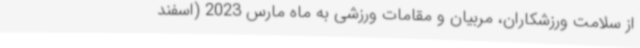
از سلامت ورزشکاران، مربیان و مقامات ورزشی به ماه مارس 2023 (اسفند